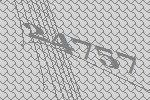
24757